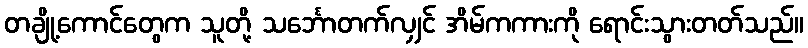
တချို့ကောင်တွေက သူတို့ သင်္ဘောတက်လျှင် အိမ်ကကားကို ရောင်းသွားတတ်သည်။